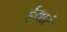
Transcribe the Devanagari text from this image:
ईयारं